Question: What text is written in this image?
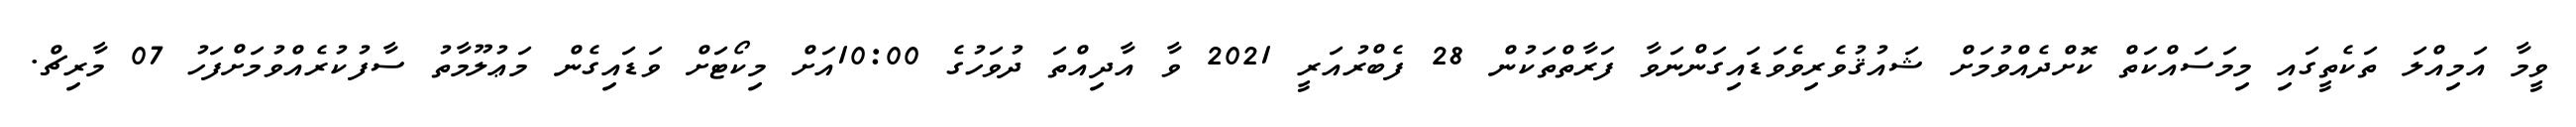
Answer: ވީމާ އަމިއްލަ ތަކެތީގައި މިމަސައްކަތް ކޮށްދެއްވުމަށް ޝައުޤުވެރިވެވަޑައިގަންނަވާ ފަރާތްތަކުން 28 ފެބްރުއަރީ 2021 ވާ އާދިއްތަ ދުވަހުގެ 10:00އަށް މިކޯޓަށް ވަޑައިގެން މަޢުލޫމާތު ސާފުކުރެއްވުމަށްފަހު 07 މާރިޗް.